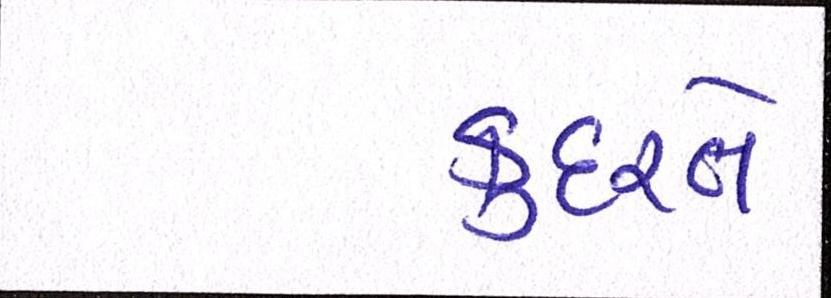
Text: કુદરતે